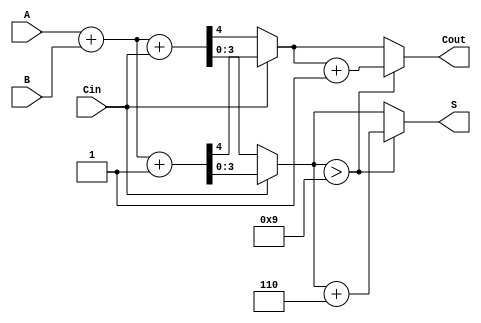
module BCD_MCSA (
    input [3:0] A,      // BCD input A
    input [3:0] B,      // BCD input B
    input Cin,          // Carry-in
    output reg [3:0] S, // BCD sum output
    output reg Cout     // Carry-out
);

    // Intermediate signals for the two paths
    wire [4:0] sum0; // Sum when Cin = 0
    wire [4:0] sum1; // Sum when Cin = 1
    wire carry0;     // Carry-out when Cin = 0
    wire carry1;     // Carry-out when Cin = 1

    // Path 1: A + B + Cin = 0
    assign sum0 = A + B + Cin;
    assign carry0 = sum0[4]; // Carry-out for path 1

    // Path 2: A + B + Cin = 1
    assign sum1 = A + B + 1'b1;
    assign carry1 = sum1[4]; // Carry-out for path 2

    // Select the appropriate sum and carry based on Cin
    always @(*) begin
        if (Cin == 1'b0) begin
            S = sum0[3:0]; // Select sum for Cin = 0
            Cout = carry0; // Select carry for Cin = 0
        end else begin
            S = sum1[3:0]; // Select sum for Cin = 1
            Cout = carry1; // Select carry for Cin = 1
        end

        // BCD Correction Logic
        if (S > 4'b1001) begin
            S = S + 4'b0110; // Add 6 for BCD correction
            Cout = Cout + 1'b1; // Increment carry-out if correction is applied
        end
    end

endmodule